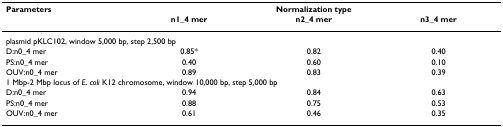
| Parameters | <COLSPAN=3> Normalization type |
 |  | n1_4 mer | n2_4 mer | n3_4 mer |
 | --- | --- | --- | --- |
 | <COLSPAN=4> plasmid pKLC102, window 5,000 bp, step 2,500 bp |
 | D:n0_4 mer | 0.85* | 0.82 | 0.40 |
 | PS:n0_4 mer | 0.40 | 0.60 | 0.10 |
 | OUV:n0_4 mer | 0.89 | 0.83 | 0.39 |
 | <COLSPAN=4> 1 Mbp-2 Mbp locus of E. coli K12 chromosome, window 10,000 bp, step 5,000 bp |
 | D:n0_4 mer | 0.94 | 0.84 | 0.63 |
 | PS:n0_4 mer | 0.88 | 0.75 | 0.53 |
 | OUV:n0_4 mer | 0.61 | 0.46 | 0.35 |